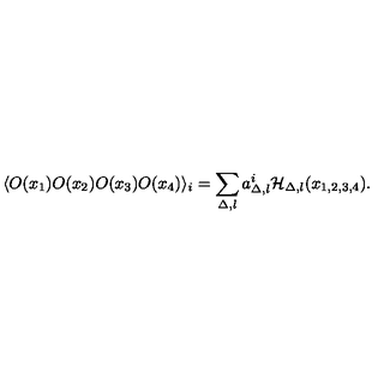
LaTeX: \langle O ( x _ { 1 } ) O ( x _ { 2 } ) O ( x _ { 3 } ) O ( x _ { 4 } ) \rangle _ { i } = \sum _ { \Delta , l } a _ { \Delta , l } ^ { i } { \cal H } _ { \Delta , l } ( x _ { 1 , 2 , 3 , 4 } ) .